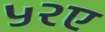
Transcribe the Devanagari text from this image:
५२ए